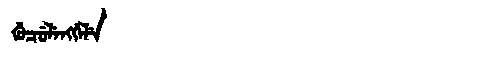
Manchu: ᡤᡠᠴᡠᠯᡝᠩᡤᡝᠯᡝ
Romanization: GUCULENGGELE